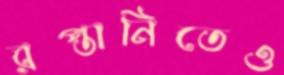
রপ্তানিতেও